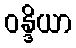
ဝန္ဒိယာ